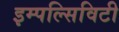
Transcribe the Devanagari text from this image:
इम्पल्सिविटी